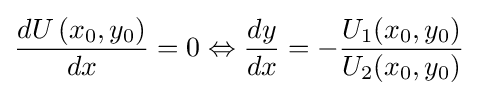
{\frac {dU\left(x_{0},y_{0}\right)}{dx}}=0\Leftrightarrow {\frac {dy}{dx}}=-{\frac {U_{1}(x_{0},y_{0})}{U_{2}(x_{0},y_{0})}}